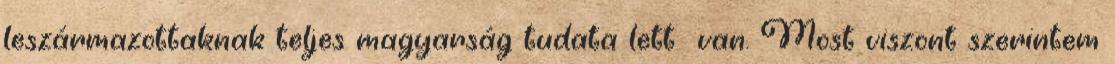
leszármazottaknak teljes magyarság tudata lett van. Most viszont szerintem